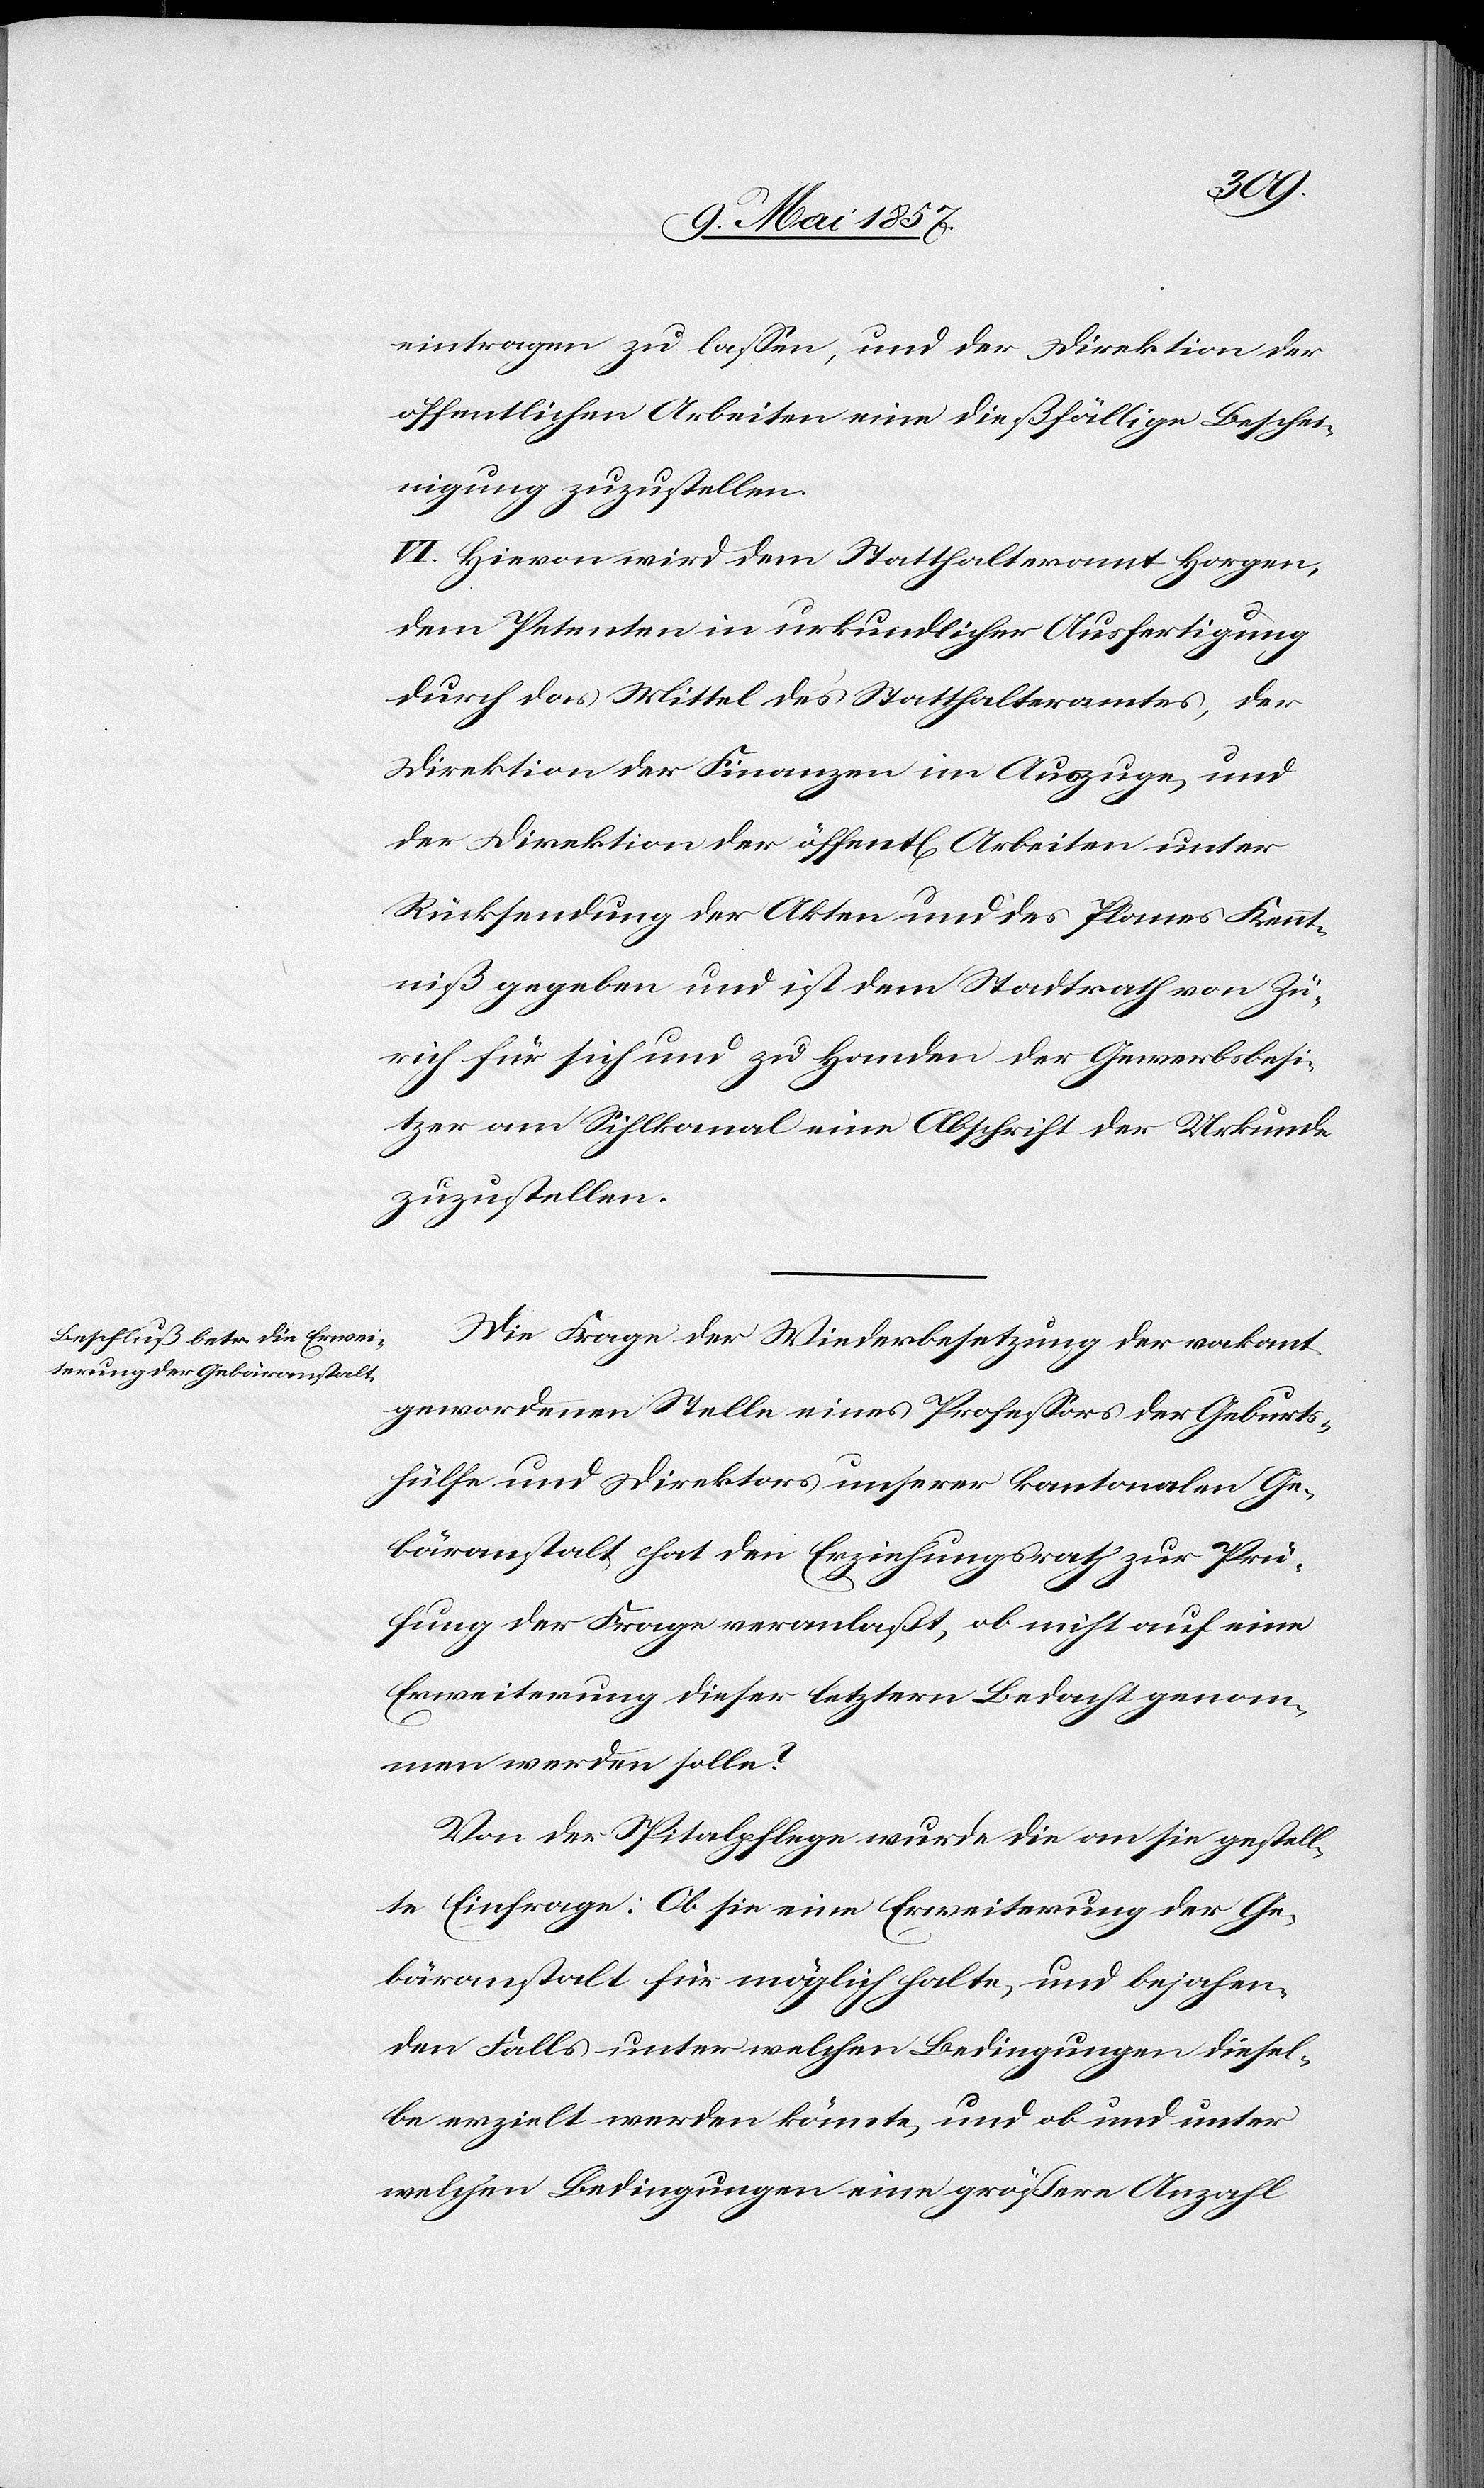
eintragen zu lassen, und der Direktion der
öffentlichen Arbeiten eine dießfällige Beschei¬
nigung zuzustellen.
VI. Hievon wird dem Statthalteramt Horgen,
dem Petenten in urkundlicher Ausfertigung
durch das Mittel des Statthalteramtes, der
Direktion der Finanzen im Auszuge, und
der Direktion der öffentl[ichen] Arbeiten unter
Rücksendung der Akten und des Planes Kennt¬
niß gegeben und ist dem Stadtrath von Zü¬
rich für sich und zu Handen der Gewerbsbesi¬
tzer am Sihlkanal eine Abschrift der Urkunde
zuzustellen.
Die Frage der Wiederbesetzung der vakant
gewordenen Stelle eines Professors der Geburts¬
hülfe und Direktors unserer kantonalen Ge¬
bäranstalt hat den Erziehungsrath zur Prü¬
fung der Frage veranlaßt, ob nicht auf eine
Erweiterung dieser letztern Bedacht genom¬
men werden solle?
Von der Spitalpflege wurde die an sie gestell¬
te Einfrage: Ob sie eine Erweiterung der Ge¬
bäranstalt für möglich halte, und bejahen¬
den Falls unter welchen Bedingungen diesel¬
be erzielt werden könnte, und ob und unter
welchen Bedingungen eine größere Anzahl